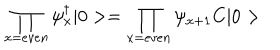
LaTeX: \prod _ { x = e v e n } \psi _ { x } ^ { \dagger } | 0 > = \prod _ { x = e v e n } \psi _ { x + 1 } C | 0 >